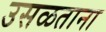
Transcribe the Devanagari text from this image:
उसळताना